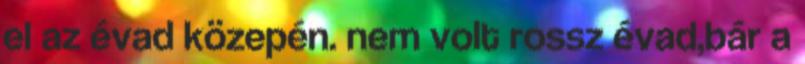
el az évad közepén. nem volt rossz évad,bár a